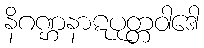
နိဂဏ္ဌနာဋပုတ္တဝါဒေါ